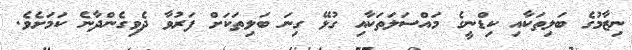
ނިޒާމުގެ ބަލިތަކާއި ކިޑްނީގެ މައްސަލަތަކާއި ގުޅޭ ގިނަ ބަލިތަކަށް ފަރުވާ ދެވިގެންދާނެ ކަމަށެވެ.